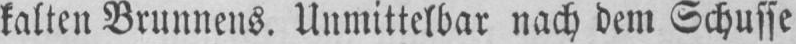
kalten Brunnens. Unmittelbar nach dem Schusse